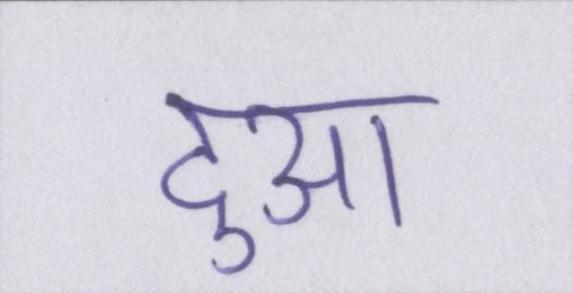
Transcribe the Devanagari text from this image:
दुआ